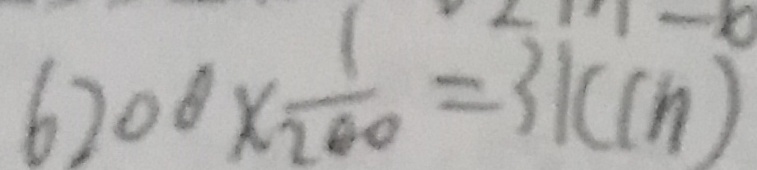
6 2 0 0 \times \frac { 1 } { 2 0 0 } = 3 1 ( c n )